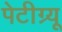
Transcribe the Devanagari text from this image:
पेटीग्र्यू